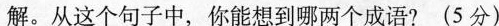
解。从这个句子中，你能想到哪两个成语?(5分)